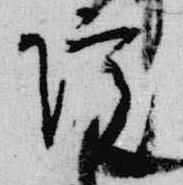
院